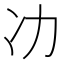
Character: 𭂇